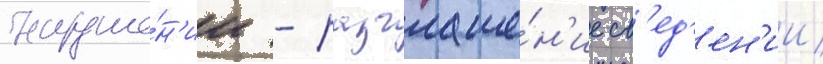
наруше́н'ии - разглаше́н'ие св'ед'ен'ии